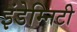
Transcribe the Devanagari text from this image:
इंडेम्निटी